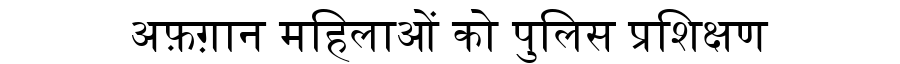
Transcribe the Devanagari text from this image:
अफ़ग़ान महिलाओं को पुलिस प्रशिक्षण